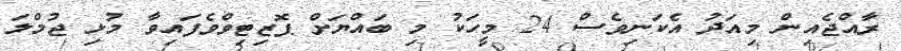
ރާއްޖެއިން މިއަދު އެކަނިވެސް 24 މީހަކު މި ބައްޔަށް ޕޮޒިޓިވްވެފައިވާ މުޅި ޖުމްލަ